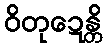
ဝိတုဍေန္တိ